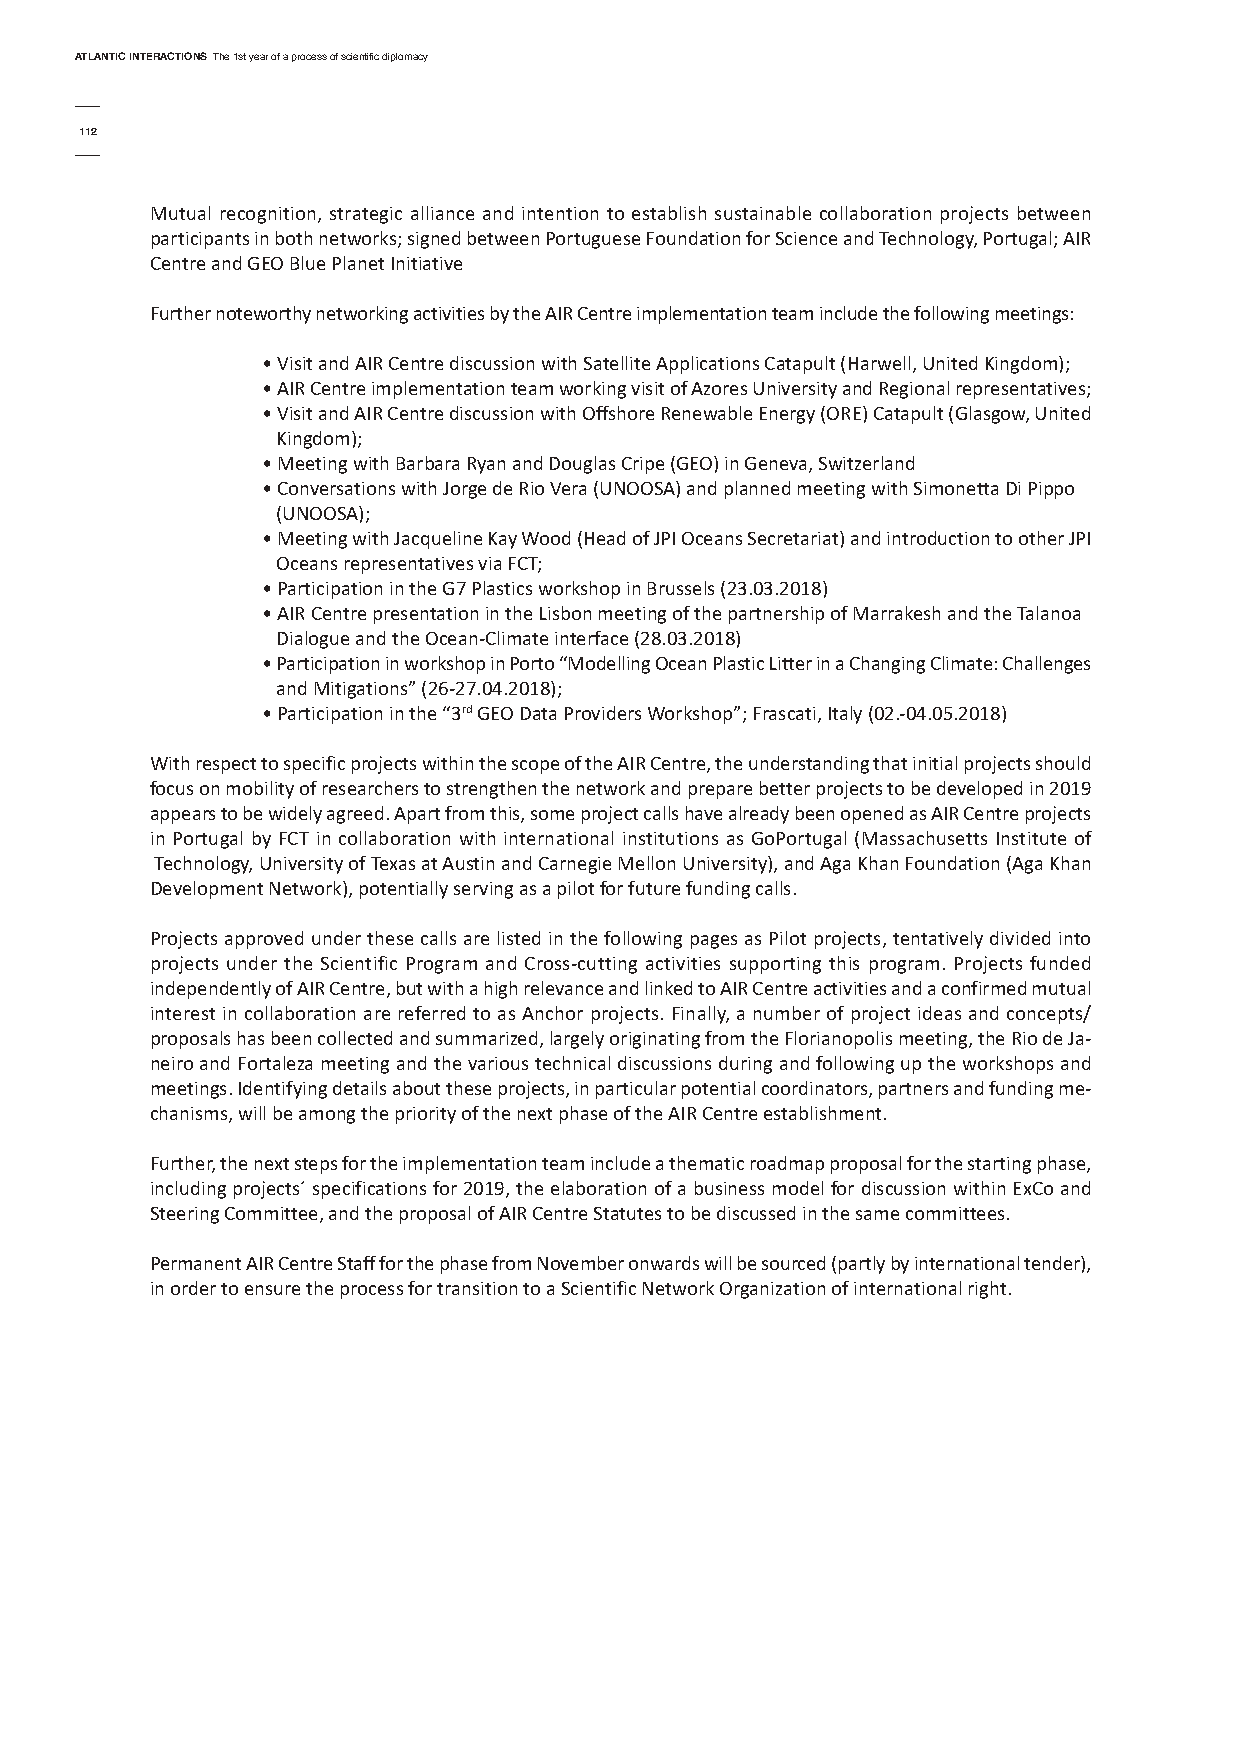
AtlAntic interActionsThe 1st year of a process of scientific diplomacy
 112
 Mutual recognition, strategic alliance and intention to establish sustainable collaboration projects between
 participants in both networks; signed between Portuguese Foundation for Science and Technology, Portugal; AIR
 Centre and GEO Blue Planet Initiative
 Further noteworthy networking activities by the AIR Centre implementation team include the following meetings:
 • Visit and AIR Centre discussion with Satellite Applications Catapult (Harwell, United Kingdom);
 • AIR Centre implementation team working visit of Azores University and Regional representatives;
 • Visit and AIR Centre discussion with Offshore Renewable Energy (ORE) Catapult (Glasgow, United
 Kingdom);
 • Meeting with Barbara Ryan and Douglas Cripe (GEO) in Geneva, Switzerland
 • Conversations with Jorge de Rio Vera (UNOOSA) and planned meeting with Simonetta Di Pippo
 (UNOOSA);
 • Meeting with Jacqueline Kay Wood (Head of JPI Oceans Secretariat) and introduction to other JPI
 Oceans representatives via FCT;
 • Participation in the G7 Plastics workshop in Brussels (23.03.2018)
 • AIR Centre presentation in the Lisbon meeting of the partnership of Marrakesh and the Talanoa
 Dialogue and the Ocean-Climate interface (28.03.2018)
 • Participation in workshop in Porto “Modelling Ocean Plastic Litter in a Changing Climate: Challenges
 and Mitigations” (26-27.04.2018);
 • Participation in the “3rdGEO Data Providers Workshop”; Frascati, Italy (02.-04.05.2018)
 With respect to specific projects within the scope of the AIR Centre, the understanding that initial projects should
 focus on mobility of researchers to strengthen the network and prepare better projects to be developed in 2019
 appears to be widely agreed. Apart from this, some project calls have already been opened as AIR Centre projects
 in Portugal by FCT in collaboration with international institutions as GoPortugal (Massachusetts Institute of
 Technology, University of Texas at Austin and Carnegie Mellon University), and Aga Khan Foundation (Aga Khan
 Development Network), potentially serving as a pilot for future funding calls.
 Projects approved under these calls are listed in the following pages as Pilot projects, tentatively divided into
 projects under the Scientific Program and Cross-cutting activities supporting this program. Projects funded
 independently of AIR Centre, but with a high relevance and linked to AIR Centre activities and a confirmed mutual
 interest in collaboration are referred to as Anchor projects. Finally, a number of project ideas and concepts/
 proposals has been collected and summarized, largely originating from the Florianopolis meeting, the Rio de Ja-
 neiro and Fortaleza meeting and the various technical discussions during and following up the workshops and
 meetings. Identifying details about these projects, in particular potential coordinators, partners and funding me-
 chanisms, will be among the priority of the next phase of the AIR Centre establishment.
 Further, the next steps for the implementation team include a thematic roadmap proposal for the starting phase,
 including projects´ specifications for 2019, the elaboration of a business model for discussion within ExCo and
 Steering Committee, and the proposal of AIR Centre Statutes to be discussed in the same committees.
 Permanent AIR Centre Staff for the phase from November onwards will be sourced (partly by international tender),
 in order to ensure the process for transition to a Scientific Network Organization of international right.